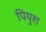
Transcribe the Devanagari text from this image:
पियुश